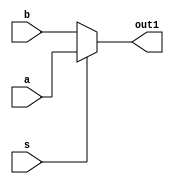
module mux(a,b,s,out1);
input [7:0]a;
input [7:0]b;
input s;
output [7:0]out1;
reg [7:0]out1;
always@(a,b,s)
begin
if(s==1'b1)
out1=a;
else
out1=b;
end
endmodule